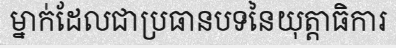
ម្នាក់ដែលជាប្រធានបទនៃយុត្តាធិការ